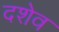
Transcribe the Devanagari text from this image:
दशेव